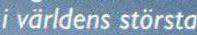
i världens största